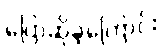
ပြောဆိုခဲ့ကြောင်း